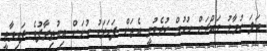
ބަލަ ހުމާމު މައްޗަަށް ހުކުމް ކުރެވުނީ އެތަށް ފަހަރަކު ކުށަށް އިއުތިރާފުވެ ފައިވާތީ